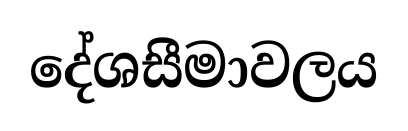
දේශසීමාවලය